65_HS1-834228961_62-HQ-83894_Serial_130
Agency: FBI
Page 74
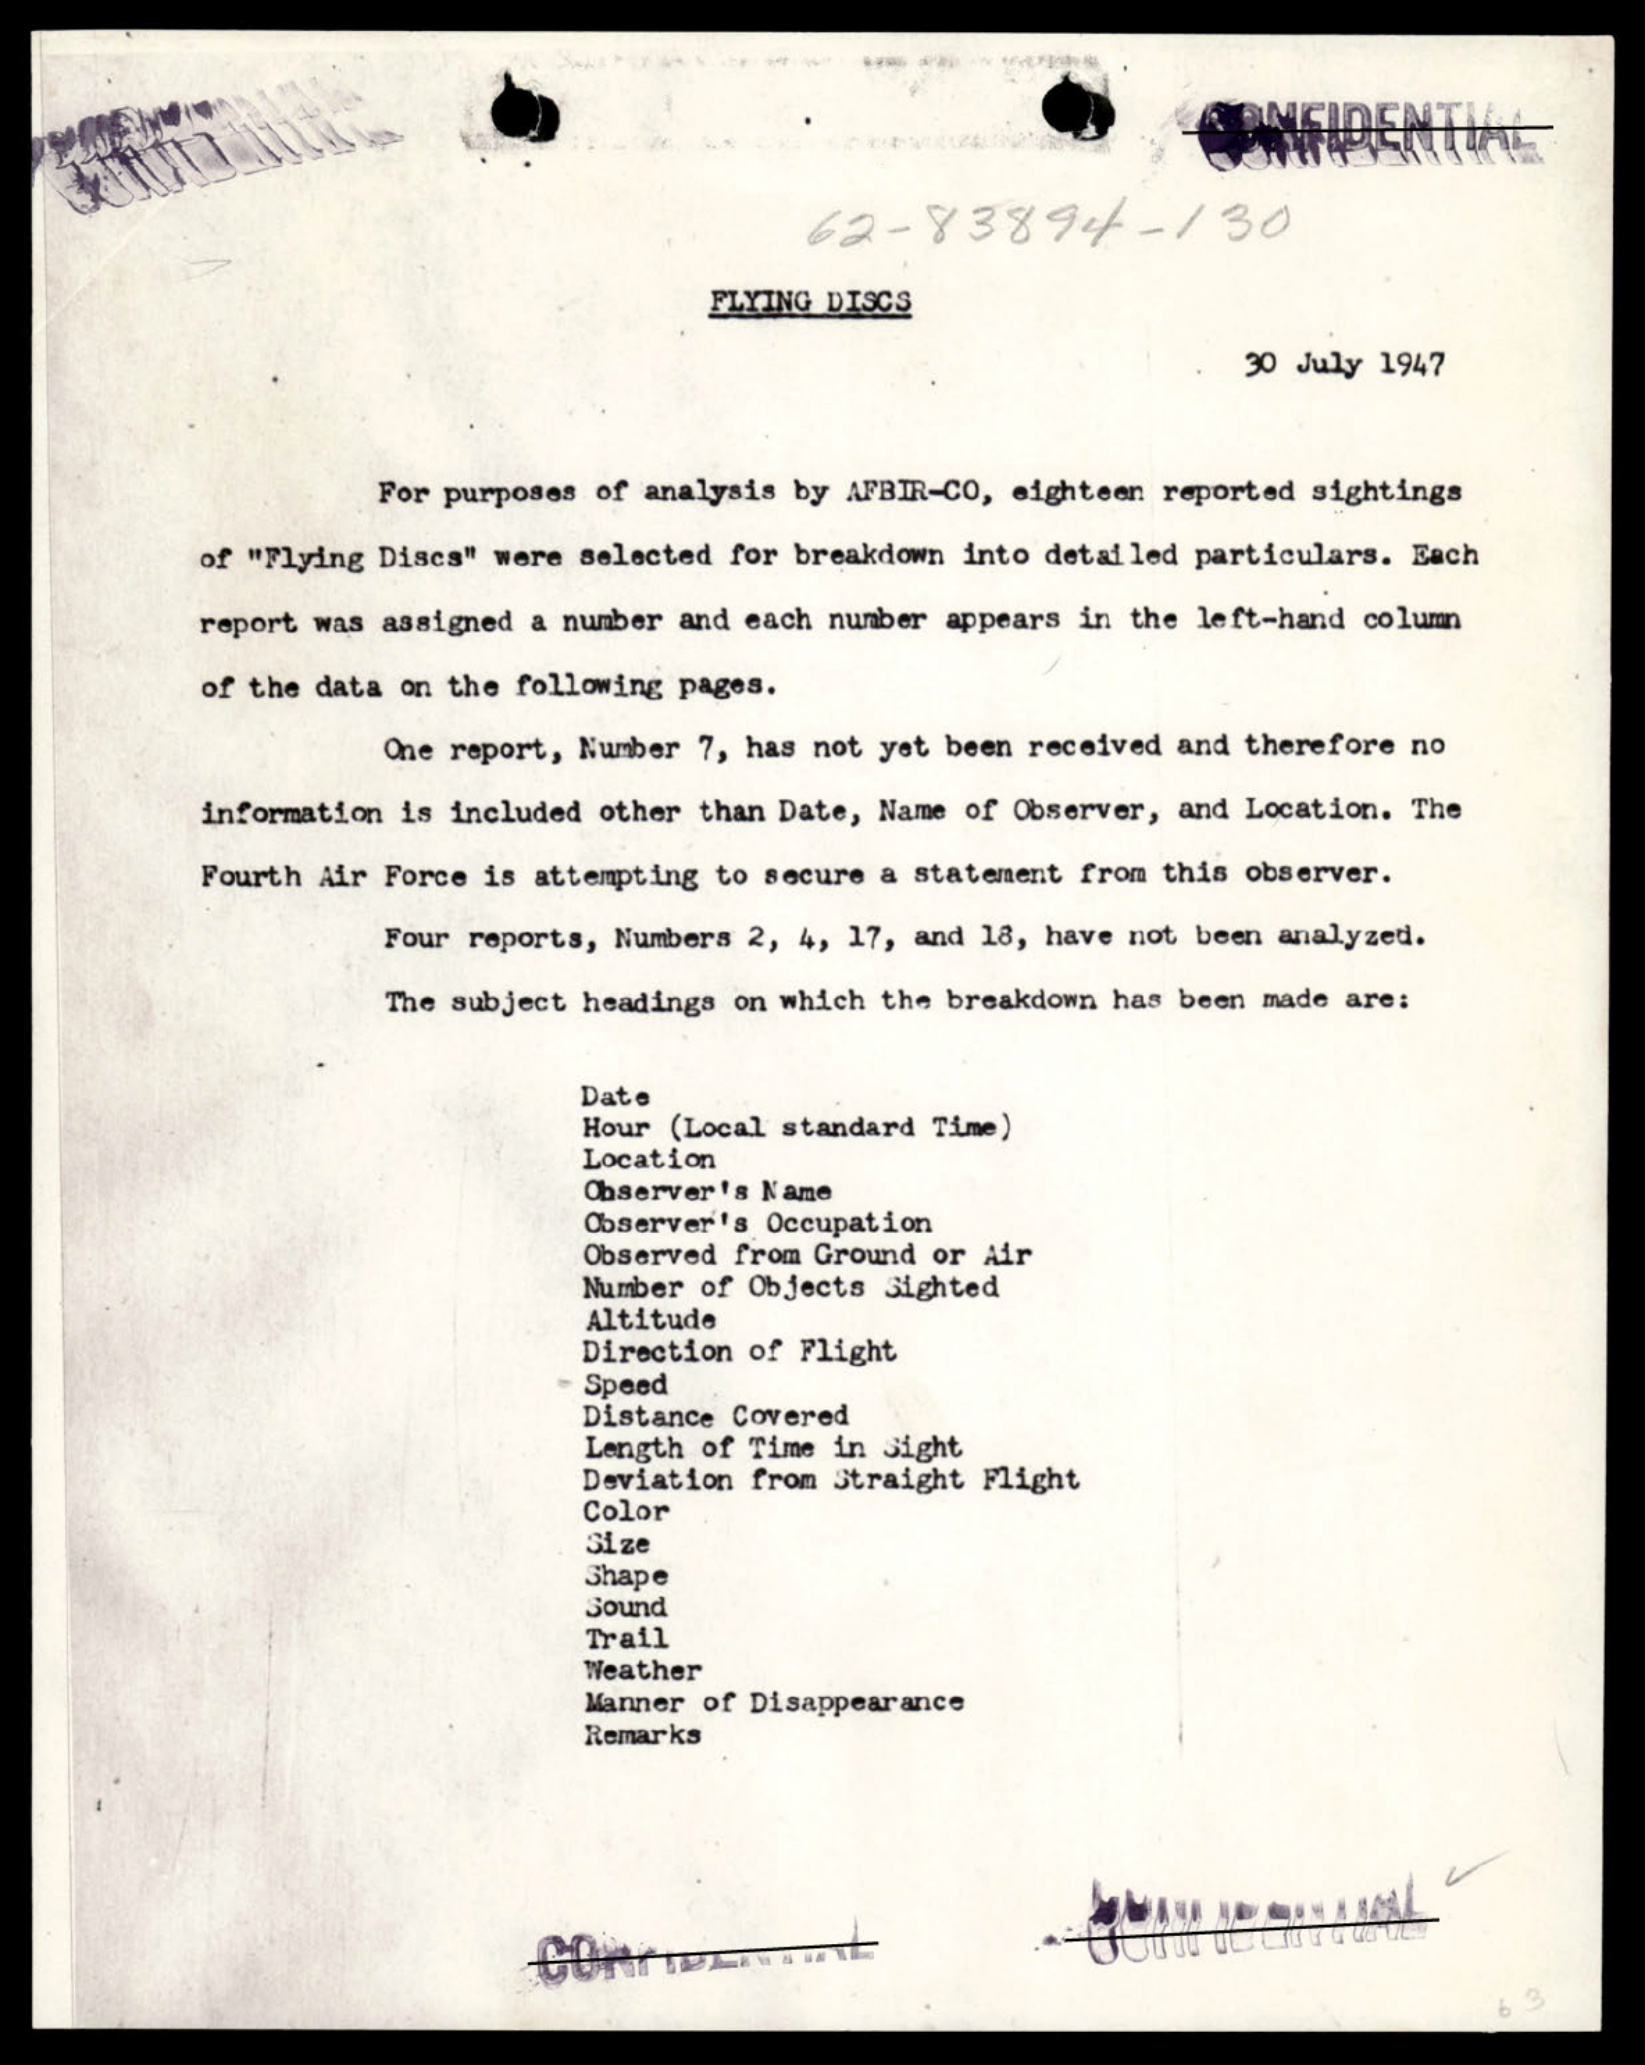